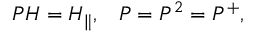
P { \cal H } = { \cal H } _ { \parallel } , \; \; \; P = P ^ { 2 } = P ^ { + } ,